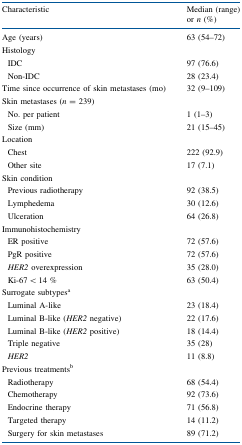
<table><thead><tr><td><b>Characteristic</b></td><td><b>Median (range) or <i>n</i> (%)</b></td></tr></thead><tbody><tr><td>Age (years)</td><td>63 (54–72)</td></tr><tr><td colspan="2">Histology</td></tr><tr><td> IDC</td><td>97 (76.6)</td></tr><tr><td> Non-IDC</td><td>28 (23.4)</td></tr><tr><td>Time since occurrence of skin metastases (mo)</td><td>32 (9–109)</td></tr><tr><td colspan="2">Skin metastases (<i>n</i> = 239)</td></tr><tr><td> No. per patient</td><td>1 (1–3)</td></tr><tr><td> Size (mm)</td><td>21 (15–45)</td></tr><tr><td colspan="2">Location</td></tr><tr><td> Chest</td><td>222 (92.9)</td></tr><tr><td> Other site</td><td>17 (7.1)</td></tr><tr><td colspan="2">Skin condition</td></tr><tr><td> Previous radiotherapy</td><td>92 (38.5)</td></tr><tr><td> Lymphedema</td><td>30 (12.6)</td></tr><tr><td> Ulceration</td><td>64 (26.8)</td></tr><tr><td colspan="2">Immunohistochemistry</td></tr><tr><td> ER positive</td><td>72 (57.6)</td></tr><tr><td> PgR positive</td><td>72 (57.6)</td></tr><tr><td> <i>HER2</i> overexpression</td><td>35 (28.0)</td></tr><tr><td> Ki-67 &lt; 14 %</td><td>63 (50.4)</td></tr><tr><td colspan="2">Surrogate subtypes<sup>a</sup></td></tr><tr><td> Luminal A-like</td><td>23 (18.4)</td></tr><tr><td> Luminal B-like (<i>HER2</i> negative)</td><td>22 (17.6)</td></tr><tr><td> Luminal B-like (<i>HER2</i> positive)</td><td>18 (14.4)</td></tr><tr><td> Triple negative</td><td>35 (28)</td></tr><tr><td> <i>HER2</i></td><td>11 (8.8)</td></tr><tr><td colspan="2">Previous treatments<sup>b</sup></td></tr><tr><td> Radiotherapy</td><td>68 (54.4)</td></tr><tr><td> Chemotherapy</td><td>92 (73.6)</td></tr><tr><td> Endocrine therapy</td><td>71 (56.8)</td></tr><tr><td> Targeted therapy</td><td>14 (11.2)</td></tr><tr><td> Surgery for skin metastases</td><td>89 (71.2)</td></tr></tbody></table>